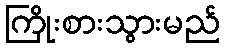
ကြိုးစားသွားမည်